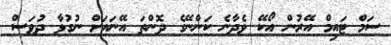
ސަމް ޓައިމް އޭރުން އޯކޭ ވެދާނެ ކަންނޭގެ ދޮންތަ އޭނައަށް ނުގުޅާ ދުވަސް